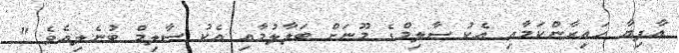
އާފިޔާ ހައިރާންކަމާއި އެކު ސާލިމްގެ މޫނަށް ބަލާލުމާއި އެކު ސާލިމް ބުނެލިއެވެ "